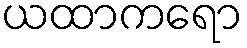
ယထာကရော